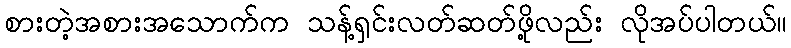
စားတဲ့အစားအသောက်က သန့်ရှင်းလတ်ဆတ်ဖို့လည်း လိုအပ်ပါတယ်။